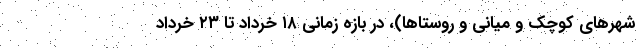
شهر‌های کوچک و میانی و روستاها)، در بازه زمانی ۱۸ خرداد تا ۲۳ خرداد